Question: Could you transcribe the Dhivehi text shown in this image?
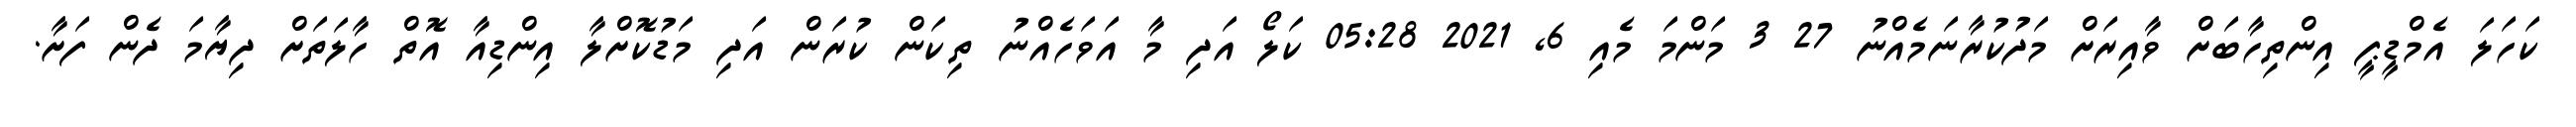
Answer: ކަހަލަ އެމްޑީޕީ އިންތިހާބަށް ވާއިރަށް މަދުކުރާނަމެއްނު 27 3 މަންމަ މެއި 6, 2021 05:28 ކަލޯ އަދި މާ އަވަހެއްނު ތިކަން ކުރަން އަދި މަޑުކޮށްލާ އިންޑިއާ އޮތް ހާލަތަށް ދިޔާމަ ދެން ފަށާ.